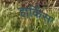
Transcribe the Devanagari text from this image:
हार्किंस